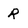
Character: R